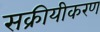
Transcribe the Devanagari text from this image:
सक्रीयीकरण